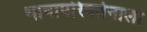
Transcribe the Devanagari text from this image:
भाषापरिवर्तनाला